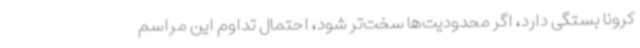
کرونا بستگی دارد، اگر محدودیت‌ها سخت‌تر شود، احتمال تداوم این مراسم